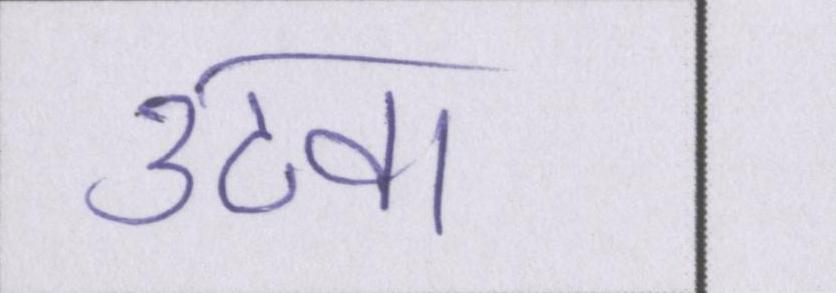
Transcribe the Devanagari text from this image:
उठवा